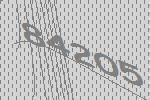
84205